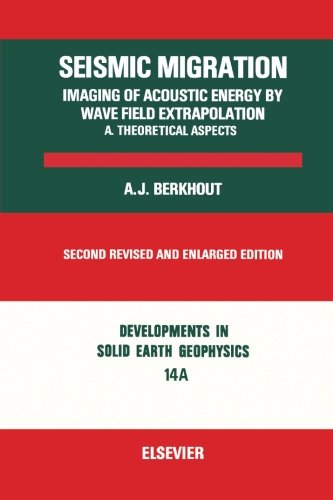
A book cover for Seismic Migration Imaging of Acoustic Energy By Wave Field Extrapolation A. Theoretical Aspects, Second Revised and Enlarged Edition, Volume 14A: Developments in Solid Earth Geophysics; A. J. Berkhout; Science & Math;